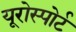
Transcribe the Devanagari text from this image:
यूरोस्पोर्ट